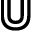
\Cup